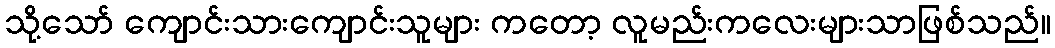
သို့သော် ကျောင်းသားကျောင်းသူများ ကတော့ လူမည်းကလေးများသာဖြစ်သည်။